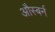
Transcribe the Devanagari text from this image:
औस्बर्न